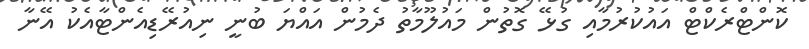
ކޮންޓްރެކްޓް އައުކުރުމާއި ގުޅޭ ގޮތުން މައުލޫމާތު ދެމުން އައްޔަ ބުނީ ނިއުރޭޑިއެންޓާއެކު އޭނާ